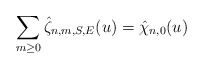
\begin{align*}\sum_{m\ge 0} \hat{\zeta}_{n,m,S,E}(u)=\hat{\chi}_{n,0}(u)\end{align*}